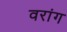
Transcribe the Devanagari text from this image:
वरांग